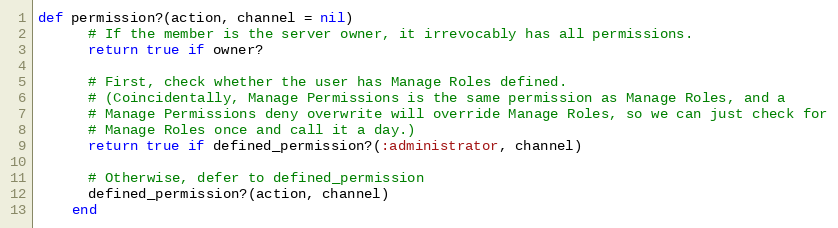
Language: Ruby
def permission?(action, channel = nil)
      # If the member is the server owner, it irrevocably has all permissions.
      return true if owner?

      # First, check whether the user has Manage Roles defined.
      # (Coincidentally, Manage Permissions is the same permission as Manage Roles, and a
      # Manage Permissions deny overwrite will override Manage Roles, so we can just check for
      # Manage Roles once and call it a day.)
      return true if defined_permission?(:administrator, channel)

      # Otherwise, defer to defined_permission
      defined_permission?(action, channel)
    end